Report of an investigation of the epidemic of malarial fever in Assam, or, kala-azar
Disease focus: Malaria
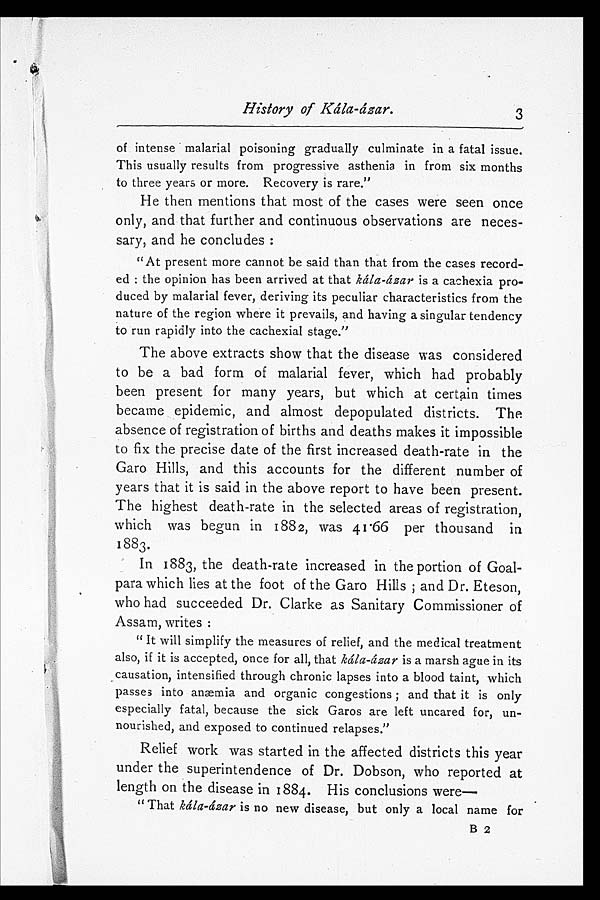
History of Kála-ázar.
of intense malarial poisoning gradually culminate in a fatal issue.
This usually results from progressive asthenia in from six months
to three years or more. Recovery is rare."
He then mentions that most of the cases were seen once
only, and that further and continuous observations are neces-
sary, and he concludes:
"At present more cannot be said than that from the cases record-
ed: the opinion has been arrived at that kála-ázar is a cachexia pro-
duced by malarial fever, deriving its peculiar characteristics from the
nature of the region where it prevails, and having a singular tendency
to run rapidly into the cachexial stage."
The above extracts show that the disease was considered
to be a bad form of malarial fever, which had probably
been present for many years, but which at certain times
became epidemic, and almost depopulated districts. The
absence of registration of births and deaths makes it impossible
to fix the precise date of the first increased death-rate in the
Garo Hills, and this accounts for the different number of
years that it is said in the above report to have been present.
The highest death-rate in the selected areas of registration,
which was begun in 1882, was 41 .66 per thousand in
1883.
In 1883, the death-rate increased in the portion of Goal-
para which lies at the foot of the Garo Hills; and Dr. Eteson,
who had succeeded Dr. Clarke as Sanitary Commissioner of
Assam, writes:
" It will simplify the measures of relief, and the medical treatment
also, if it is accepted, once for all, that kála-ázar is a marsh ague in its
causation, intensified through chronic lapses into a blood taint, which
passes into anæmia and organic congestions; and that it is only
especially fatal, because the sick Garos are left uncared for, un-
nourished, and exposed to continued relapses."
Relief work was started in the affected districts this year
under the superintendence of Dr. Dobson, who reported at
length on the disease in 1884. His conclusions were
—
" That kála-ázar is no new disease, but only a local name for
3
B 2